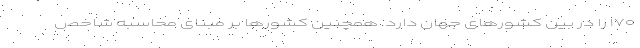
۱۷۰ را در بین کشورهای جهان دارد. همچنین کشورها بر مبنای محاسبه شاخص